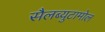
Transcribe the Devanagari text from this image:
सैलब्युटामोल